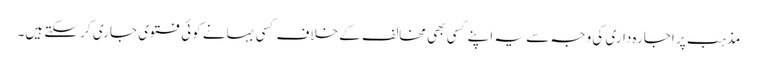
مذہب پر اجارہ داری کی وجہ سے یہ اپنے کسی بھی مخالف کے خلاف کسی بہانے کوئی فتوی جاری کر سکتے ہیں۔